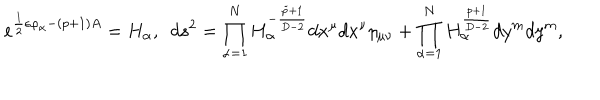
e ^ { { \frac { 1 } { 2 } } \epsilon \varphi _ { \alpha } - ( p + 1 ) A } = H _ { \alpha } , \ \ d s ^ { 2 } = \prod _ { \alpha = 1 } ^ { N } H _ { \alpha } ^ { - { \frac { \tilde { p } + 1 } { D - 2 } } } d x ^ { \mu } d x ^ { \nu } \eta _ { \mu \nu } + \prod _ { \alpha = 1 } ^ { N } H _ { \alpha } ^ { \frac { p + 1 } { D - 2 } } d y ^ { m } d y ^ { m } ,